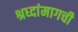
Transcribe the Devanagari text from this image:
श्रध्दांमागची